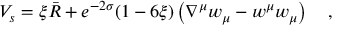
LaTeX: V _ { s } = \xi \bar { R } + e ^ { - 2 \sigma } ( 1 - 6 \xi ) \left( \nabla ^ { \mu } w _ { \mu } - w ^ { \mu } w _ { \mu } \right) ~ ~ ~ ,